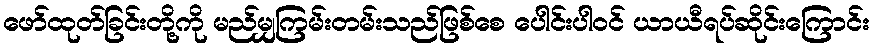
ဖော်ထုတ်ခြင်းတို့ကို မည်မျှကြမ်းတမ်းသည်ဖြစ်စေ ပေါင်းပါဝင် ယာယီရပ်ဆိုင်းကြောင်း